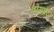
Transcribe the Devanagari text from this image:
वोमब्रेट